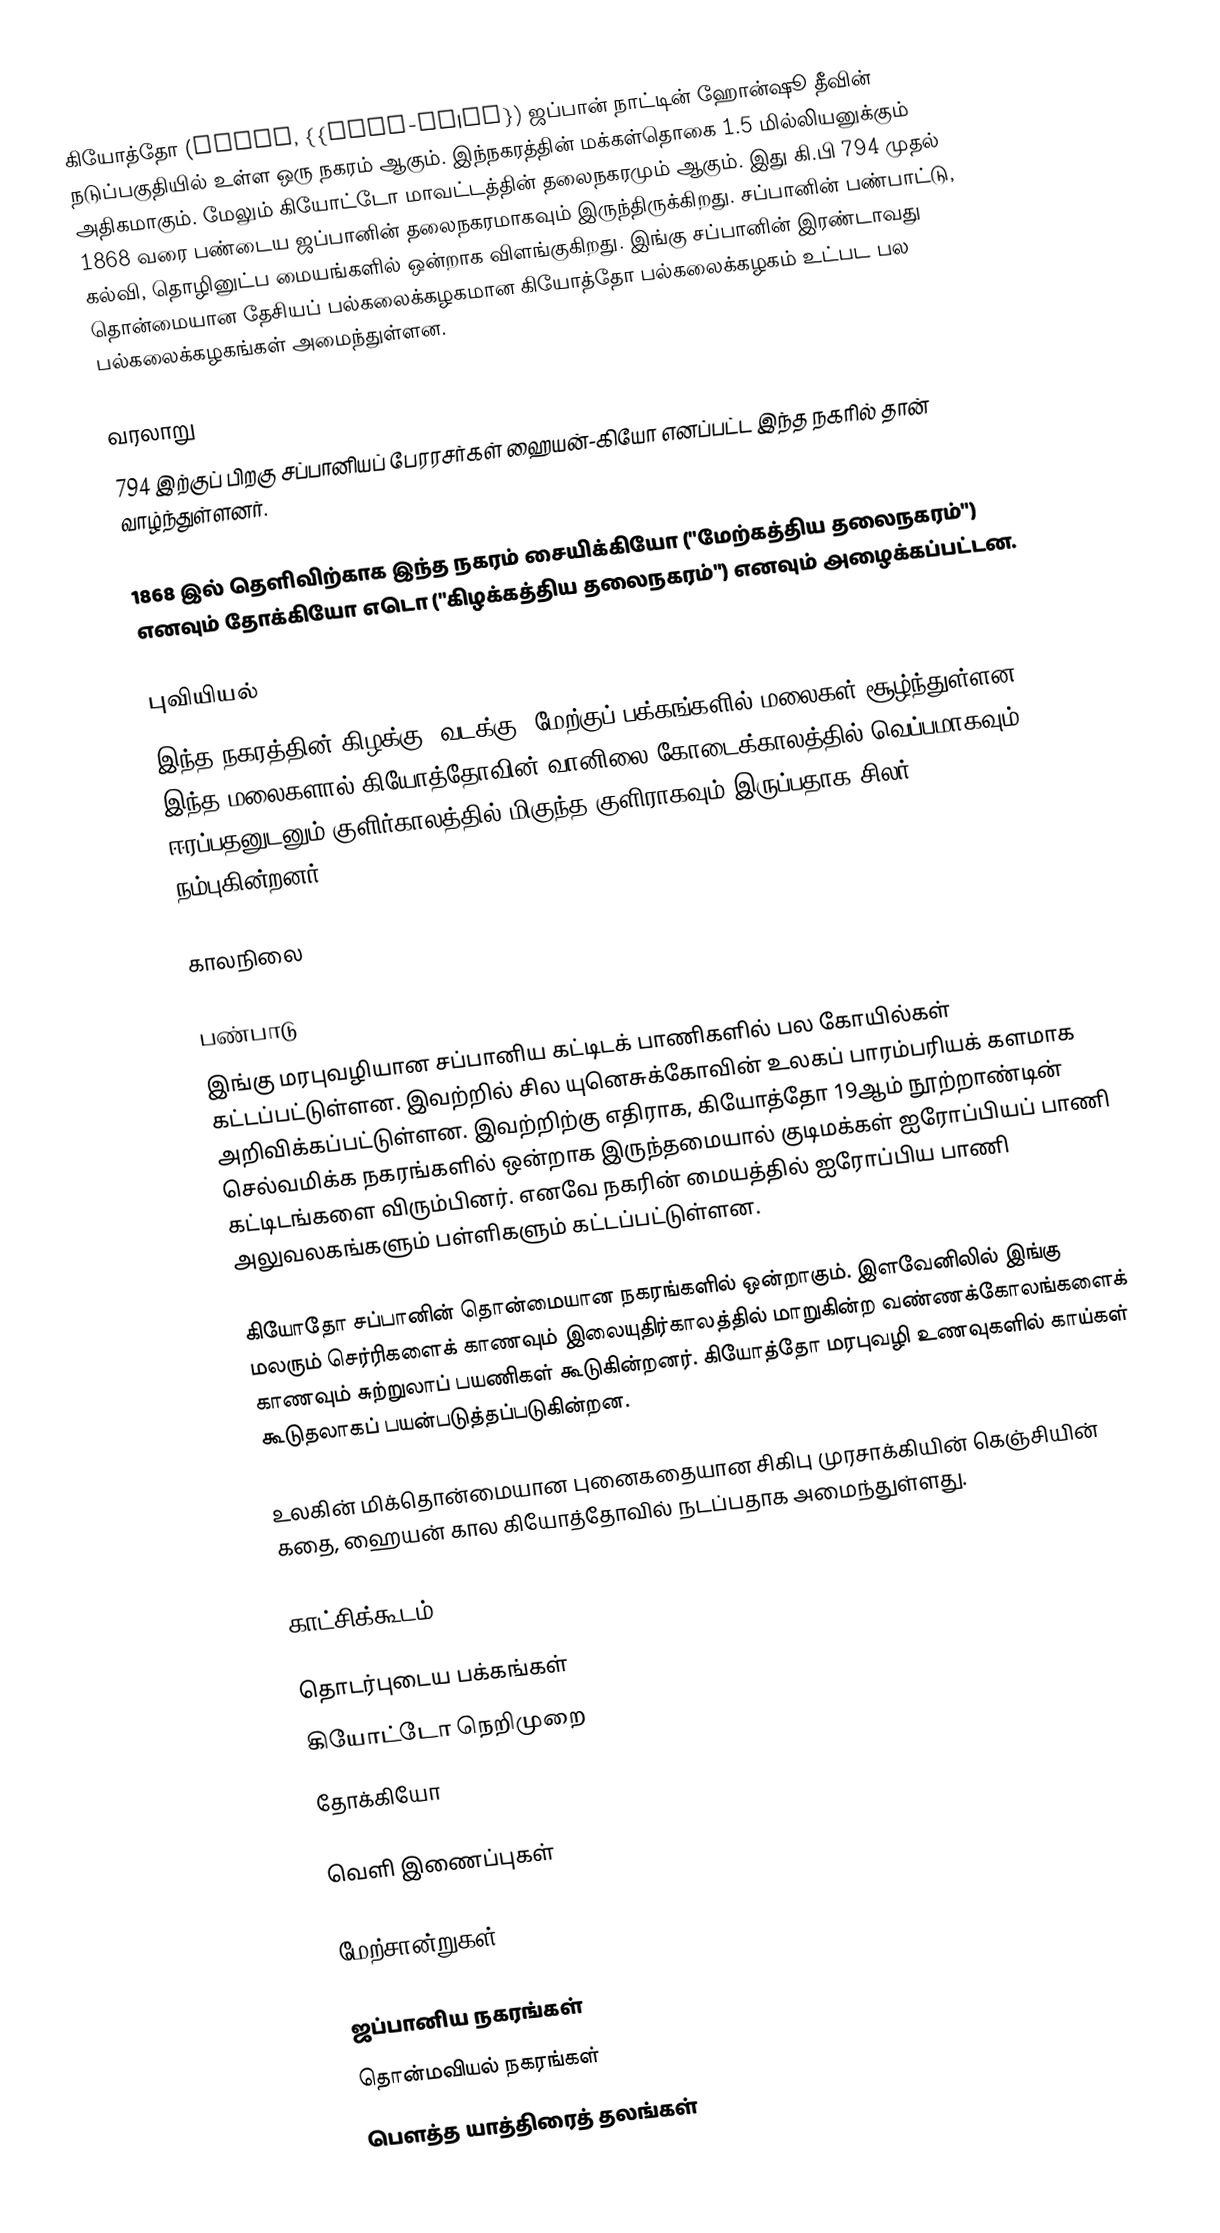
கியோத்தோ (Kyoto, {{lang-ja|京都}) ஜப்பான் நாட்டின் ஹோன்ஷூ தீவின் நடுப்பகுதியில் உள்ள ஒரு நகரம் ஆகும். இந்நகரத்தின் மக்கள்தொகை 1.5 மில்லியனுக்கும் அதிகமாகும். மேலும் கியோட்டோ மாவட்டத்தின் தலைநகரமும் ஆகும். இது கி.பி 794 முதல் 1868 வரை பண்டைய ஜப்பானின் தலைநகரமாகவும் இருந்திருக்கிறது. சப்பானின் பண்பாட்டு, கல்வி, தொழினுட்ப மையங்களில் ஒன்றாக விளங்குகிறது. இங்கு சப்பானின் இரண்டாவது தொன்மையான தேசியப் பல்கலைக்கழகமான கியோத்தோ பல்கலைக்கழகம் உட்பட பல பல்கலைக்கழகங்கள் அமைந்துள்ளன.

வரலாறு
794 இற்குப் பிறகு சப்பானியப் பேரரசர்கள் ஹையன்-கியோ எனப்பட்ட இந்த நகரில் தான் வாழ்ந்துள்ளனர்.

1868 இல் தெளிவிற்காக இந்த நகரம்  சையிக்கியோ ("மேற்கத்திய தலைநகரம்") எனவும்  தோக்கியோ  எடொ ("கிழக்கத்திய  தலைநகரம்") எனவும் அழைக்கப்பட்டன.

புவியியல்
இந்த நகரத்தின் கிழக்கு, வடக்கு, மேற்குப் பக்கங்களில் மலைகள் சூழ்ந்துள்ளன. இந்த மலைகளால் கியோத்தோவின் வானிலை கோடைக்காலத்தில் வெப்பமாகவும் ஈரப்பதனுடனும் குளிர்காலத்தில் மிகுந்த குளிராகவும் இருப்பதாக சிலர் நம்புகின்றனர்.

காலநிலை

பண்பாடு
இங்கு மரபுவழியான  சப்பானிய கட்டிடக் பாணிகளில் பல கோயில்கள் கட்டப்பட்டுள்ளன. இவற்றில் சில யுனெசுக்கோவின் உலகப் பாரம்பரியக் களமாக அறிவிக்கப்பட்டுள்ளன. இவற்றிற்கு எதிராக, கியோத்தோ 19ஆம் நூற்றாண்டின் செல்வமிக்க நகரங்களில் ஒன்றாக இருந்தமையால்  குடிமக்கள் ஐரோப்பியப் பாணி கட்டிடங்களை விரும்பினர். எனவே நகரின் மையத்தில் ஐரோப்பிய பாணி அலுவலகங்களும் பள்ளிகளும் கட்டப்பட்டுள்ளன.

கியோதோ சப்பானின் தொன்மையான நகரங்களில் ஒன்றாகும். இளவேனிலில் இங்கு மலரும் செர்ரிகளைக் காணவும் இலையுதிர்காலத்தில் மாறுகின்ற வண்ணக்கோலங்களைக் காணவும் சுற்றுலாப் பயணிகள் கூடுகின்றனர்.   கியோத்தோ மரபுவழி உணவுகளில் காய்கள் கூடுதலாகப் பயன்படுத்தப்படுகின்றன.

உலகின் மிக்தொன்மையான புனைகதையான சிகிபு முரசாக்கியின் கெஞ்சியின் கதை, ஹையன் கால கியோத்தோவில் நடப்பதாக அமைந்துள்ளது.

காட்சிக்கூடம்

தொடர்புடைய  பக்கங்கள்
 கியோட்டோ நெறிமுறை
 தோக்கியோ

வெளி இணைப்புகள்

மேற்சான்றுகள்

ஜப்பானிய நகரங்கள்
தொன்மவியல் நகரங்கள்
பௌத்த யாத்திரைத் தலங்கள்